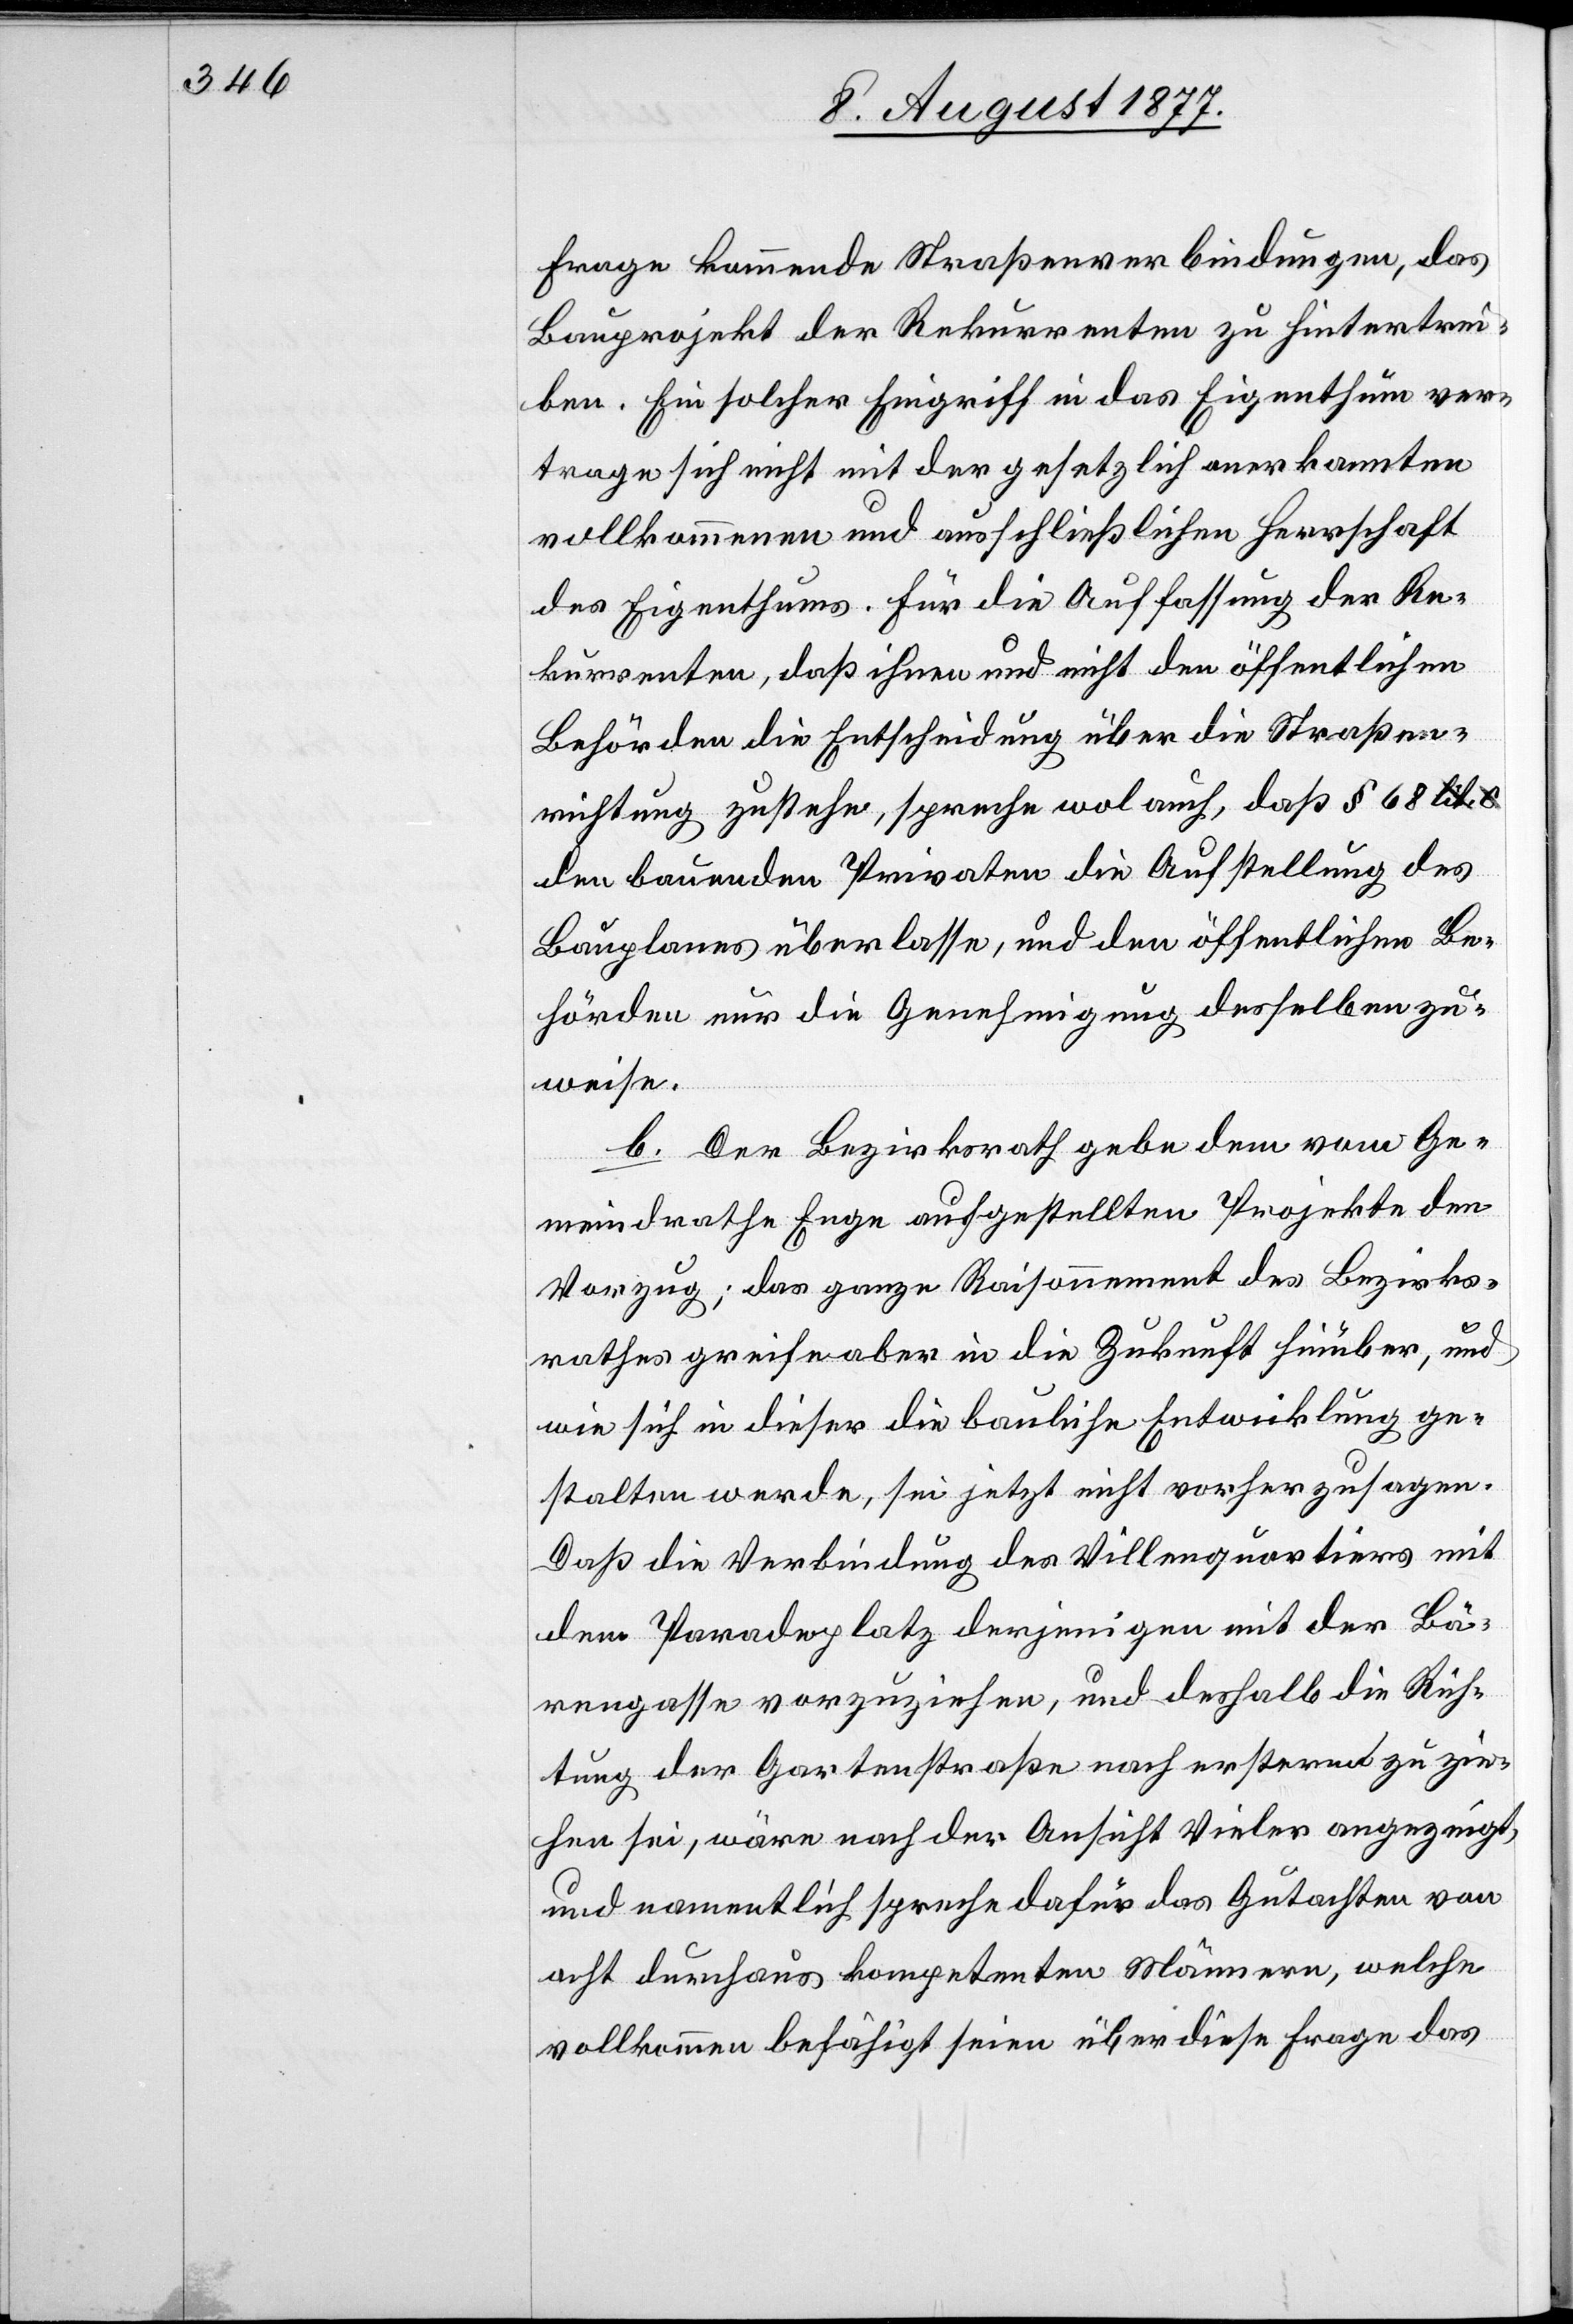
Frage kommende Straßenverbindungen, das
Bauprojekt der Rekurrenten zu hintertrei¬
ben. Ein solcher Eingriff in das Eigenthum ver¬
trage sich nicht mit der gesetzlich anerkannten
vollkommenen und ausschließlichen Herrschaft
des Eigenthums. Für die Auffassung der Re¬
kurrenten, daß ihnen und nicht den öffentlichen
Behörden die Entscheidung über die Straßen¬
richtung zustehe, spreche wol auch, daß § 68 a-lit.
den bauenden Privaten die Aufstellung des
Bauplanes überlasse, und den öffentlichen Be¬
hörden nur die Genehmigung desselben zu¬
weise.
b. Der Bezirksrath gebe dem vom Ge¬
meindrathe Enge aufgestellten Projekte den
Vorzug; das ganze Raisonnement des Bezirks¬
rathes greife aber in die Zukunft hinüber, und
wie sich in dieser die bauliche Entwicklung ge¬
stalten werde, sei jetzt nicht vorherzusagen.
Daß die Verbindung des Villenquartiers mit
dem Paradeplatz derjenigen mit der Bä¬
rengasse vorzuziehen, und deshalb die Rich¬
tung der Gartenstraße nach ersterm zu zie¬
hen sei, wäre nach der Ansicht Vieler angezeigt,
und namentlich spreche dafür das Gutachten von
acht durchaus kompetenten Männern, welche
vollkommen befähigt seien über diese Frage das